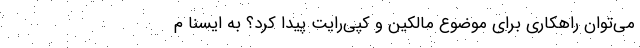
می‌توان راهکاری برای موضوع مالکین و کپی‌رایت پیدا کرد؟ به ایسنا م